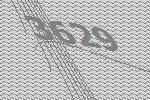
3629